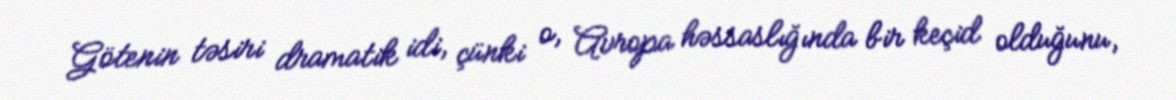
Götenin təsiri dramatik idi, çünki o, Avropa həssaslığında bir keçid olduğunu,